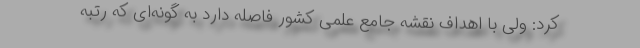
کرد: ولی با اهداف نقشه جامع علمی کشور فاصله دارد به گونه‌ای که رتبه